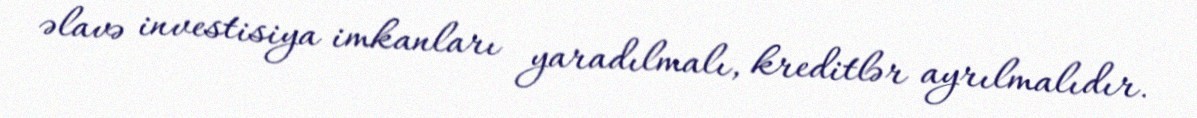
əlavə investisiya imkanları yaradılmalı, kreditlər ayrılmalıdır.